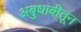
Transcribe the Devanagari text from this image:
अबुधाबीतून